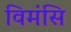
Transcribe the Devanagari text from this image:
विमंसि